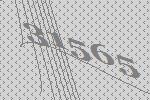
31565